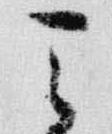
天